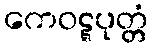
ကေဝဋ္ဋပုတ္တံ